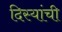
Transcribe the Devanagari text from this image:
दिस्यांची